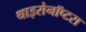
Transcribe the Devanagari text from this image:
थाइसेनॉप्टरा